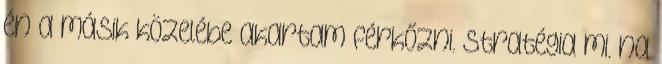
én a másik közelébe akartam férkőzni. Stratégia mi. na